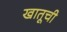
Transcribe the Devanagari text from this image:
खातूची